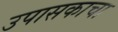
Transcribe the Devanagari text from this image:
उपासकाचा